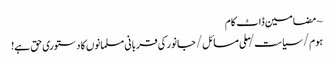
~ مضامین ڈاٹ کام
ہوم/سیاست/ملی مسائل/جانور کی قربانی مسلمانوں کا دستوری حق ہے!